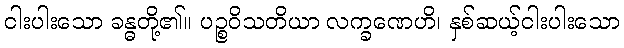
ငါးပါးသော ခန္ဓတို့၏။ ပဉ္စဝိသတိယာ လက္ခဏေဟိ၊ နှစ်ဆယ့်ငါးပါးသော